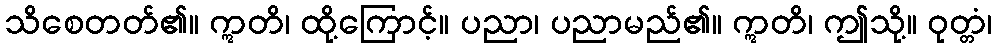
သိစေတတ်၏။ ဣတိ၊ ထို့ကြောင့်။ ပညာ၊ ပညာမည်၏။ ဣတိ၊ ဤသို့။ ဝုတ္တံ၊